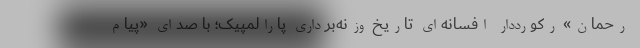
رحمان» رکورددار افسانه‌ای تاریخ وزنه‌برداری پارالمپیک؛ با صدای «پیام